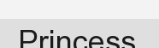
Princess